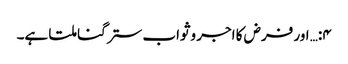
۴:… اور فرض کا اجر وثواب ستر گنا ملتا ہے۔